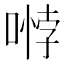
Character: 𭉱